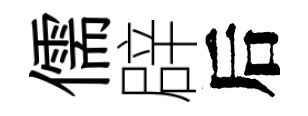
儒辟后